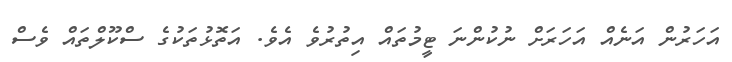
އަހަރުން އަނެއް އަހަރަށް ނުކުންނަ ޓީމުތައް އިތުރުވެ އެވެ. އަތޮޅުތަކުގެ ސްކޫލްތައް ވެސް